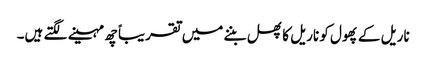
ناریل کے پھول کو ناریل کا پھل بننے میں تقریباً چھ مہینے لگتے ہیں۔